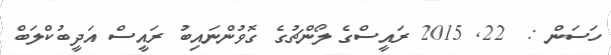
ހަސަން :  22